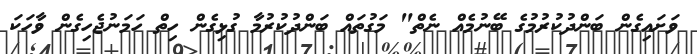
ވަށައިގެން ބަންދުކުރުމުގެ ބޭނުމެއް ނެތް" މަގުތައް ބަންދުކުރުމާ ގުޅިގެން ހިތް ހަމަނުޖެހިގެން ވާހަކަ